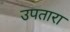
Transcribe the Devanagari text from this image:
उपतारा